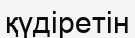
қүдіретін